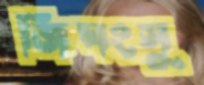
জিঘংসু